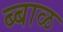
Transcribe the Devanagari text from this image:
ब्बाळ